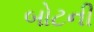
બોટની